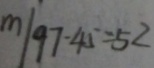
m / 9 7 - 4 5 = 5 2